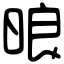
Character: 㫰